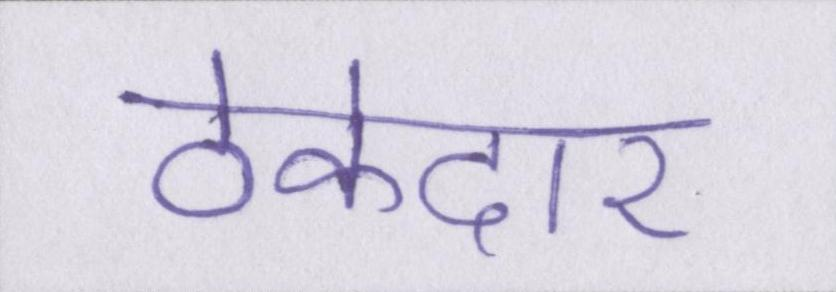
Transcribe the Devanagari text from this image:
ठेकेदार